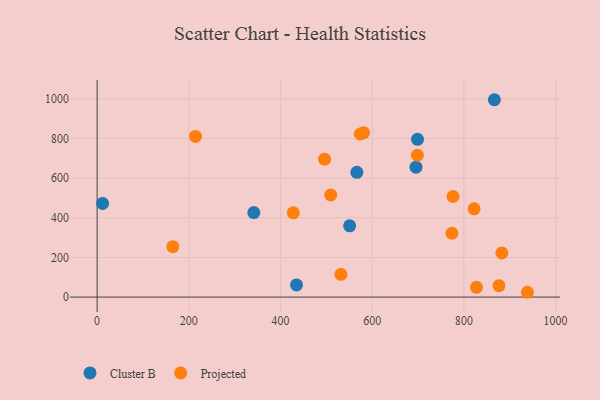
{"axis": {"x": "Study Hours", "y": "Demand"}, "legend": ["Cluster B", "Projected"], "data": [{"x": "566.5", "y": 629.3, "type": "Cluster B"}, {"x": "341.8", "y": 426.3, "type": "Cluster B"}, {"x": "550.8", "y": 359.6, "type": "Cluster B"}, {"x": "695.4", "y": 655.4, "type": "Cluster B"}, {"x": "866.4", "y": 995.6, "type": "Cluster B"}, {"x": "434.9", "y": 61.2, "type": "Cluster B"}, {"x": "698.8", "y": 795.6, "type": "Cluster B"}, {"x": "12.0", "y": 472.4, "type": "Cluster B"}, {"x": "214.5", "y": 810.6, "type": "Projected"}, {"x": "882.8", "y": 223.0, "type": "Projected"}, {"x": "822.2", "y": 445.4, "type": "Projected"}, {"x": "876.5", "y": 57.4, "type": "Projected"}, {"x": "827.4", "y": 49.1, "type": "Projected"}, {"x": "698.5", "y": 715.6, "type": "Projected"}, {"x": "531.8", "y": 114.8, "type": "Projected"}, {"x": "773.8", "y": 322.1, "type": "Projected"}, {"x": "574.0", "y": 822.8, "type": "Projected"}, {"x": "776.2", "y": 507.4, "type": "Projected"}, {"x": "509.5", "y": 514.9, "type": "Projected"}, {"x": "165.1", "y": 254.2, "type": "Projected"}, {"x": "581.1", "y": 829.2, "type": "Projected"}, {"x": "938.4", "y": 24.3, "type": "Projected"}, {"x": "427.9", "y": 424.9, "type": "Projected"}, {"x": "496.1", "y": 695.8, "type": "Projected"}]}